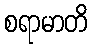
စရာမာတိ